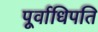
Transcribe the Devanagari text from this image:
पूर्वाधिपति